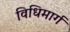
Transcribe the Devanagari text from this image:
विधिमार्ग